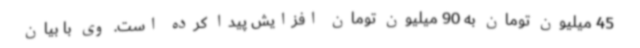
45 میلیون تومان به 90 میلیون تومان افزایش پیدا کرده است. وی با بیان